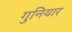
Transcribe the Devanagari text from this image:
गुनियार